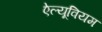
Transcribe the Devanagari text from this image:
ऐल्यूवियम